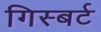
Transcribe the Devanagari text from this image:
गिस्बर्ट